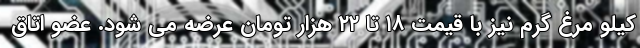
کیلو مرغ گرم نیز با قیمت ۱۸ تا ۲۲ هزار تومان عرضه می شود. عضو اتاق